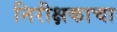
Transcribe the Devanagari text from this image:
निरीक्षकाचा